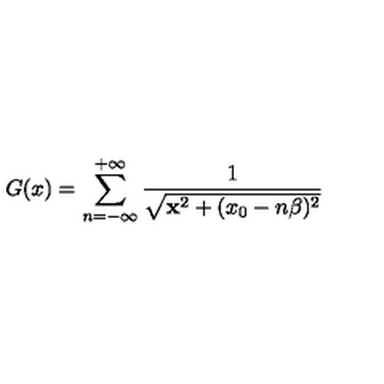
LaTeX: G ( x ) = \sum _ { n = - \infty } ^ { + \infty } \frac { 1 } { \sqrt { { \bf x } ^ { 2 } + ( x _ { 0 } - n \beta ) ^ { 2 } } }